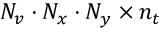
N _ { v } \cdot N _ { x } \cdot N _ { y } \times n _ { t }